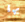
بها